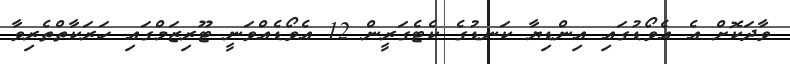
ވާދަކޮށް އެ އެވޯޑުގައި އިންޑިޔާ ކަނޑުގެ ކެޓެގަރީން 12 އެވޯޑެއްވަނީ ޓޫރިޒަމްގައި ހަރަކާތްތެރިވާ